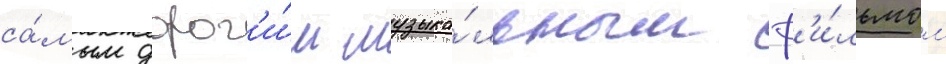
са́мым дорог'и́м музыка́льным ф'и́льмом